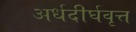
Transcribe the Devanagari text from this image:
अर्धदीर्घवृत्त